Insane asylums in Bengal annual reports 1867-1875 - 1867-1875
Year: 1867
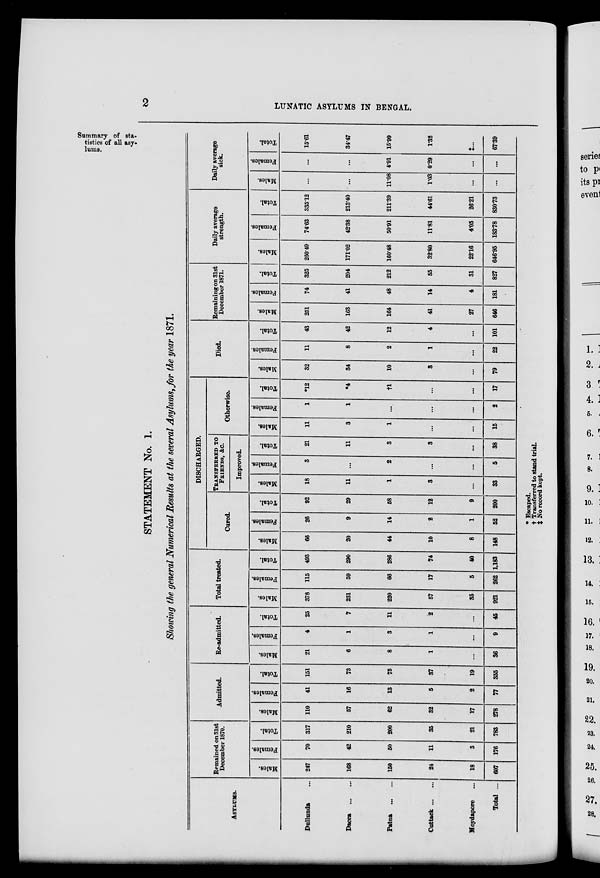
2
LUNATIC ASYLUMS IN BENGAL.
STATEMENT No. 1.
Showing the general Numerical Results at the several Asylums, for the year 1871.
Summary of sta-
tistics of all asy¬
lums.
ASYLUMS.
Dullunda ...
Dacca ... ...
Patna
... ...
Cuttack... ...
Moydapore ...
Total ...
Remained on 31st
December 1870.
Males.
247
168
150
24
18
607
Females.
70
42
50
11
3
176
Total.
317
210
200
35
21
783
Admitted.
Males.
110
57
62
32
17
278
Females.
41
16
13
5
2
77
Total.
151
73
75
37
19
355
Re-admitted.
Males.
21
6
8
1
...
36
Females.
4
1
3
1
...
9
Total.
25
7
11
2
...
45
Total treated.
Males.
378
231
220
57
35
921
Females.
115
59
66
17
5
262
Total.
493
290
286
74
40
1,183
DISCHARGED.
Cured.
Males.
66
20
44
10
8
148
Females.
26
9
14
2
1
52
Total.
92
29
58
12
9
200
TRANSFERRED TO
FRIENDS, &C.
Improved.
Males.
18
11
1
3
...
33
Females.
3
...
2
...
...
5
Total.
21
11
3
3
...
38
Otherwise.
Males.
11
3
1
...
...
15
Females.
1
1
...
...
...
2
Total.
*12
*4
†1
...
...
17
Died.
Males.
32
34
10
3
...
79
Females.
11
8
2
1
...
22
Total.
43
42
12
4
...
101
Remaining on 31st
December 1871.
Males.
251
163
164
41
27
646
Females.
74
41
48
14
4
181
Total.
325
204
212
55
31
827
Daily average
strength.
Males.
260.49
171.02
160.48
32.80
22.16
646.95
Females.
74.63
42.38
50.91
11.81
4.05
183.78
Total.
335.12
213.40
211.39
44.61
26.21
830.73
Daily average
sick.
Males.
...
...
11.08
1.03
...
...
Females.
...
...
4.91
0.29
...
...
Total.
15.61
34.47
15.99
1.32
‡..
67.39
* Escaped.
† Transferred to stand trial.
‡ No record kept.